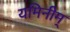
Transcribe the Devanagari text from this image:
यमिनीम्